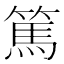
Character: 篤